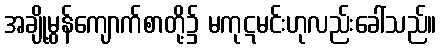
အချို့မွန်ကျောက်စာတို့၌ မကုဋမင်းဟုလည်းခေါ်သည်။